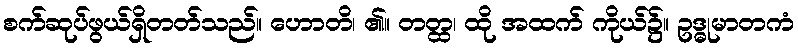
စက်ဆုပ်ဖွယ်ရှိတတ်သည်။ ဟောတိ၊ ၏။ တတ္ထ၊ ထို အထက် ကိုယ်၌။ ဥဒ္ဓုမာတကံ